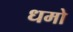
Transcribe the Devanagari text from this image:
धमो